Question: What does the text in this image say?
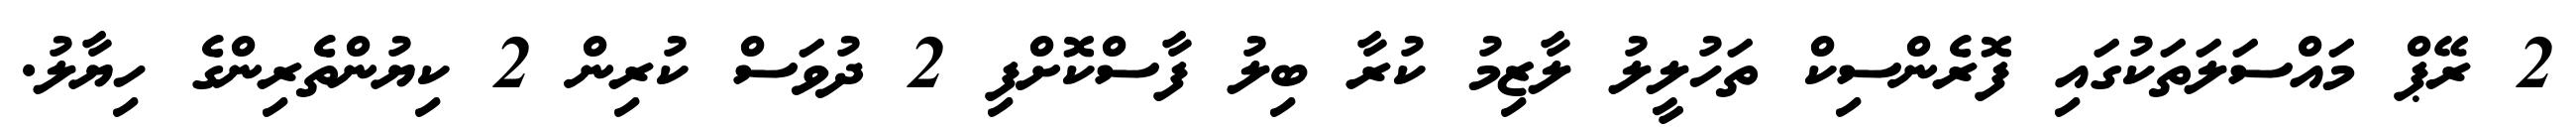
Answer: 2 ރޭޕް މައްސަލަތަކުގައި ފޮރެންސިކް ތަހުލީލު ލާޒިމު ކުރާ ބިލު ފާސްކޮށްފި 2 ދުވަސް ކުރިން 2 ކިޔުންތެރިންގެ ހިޔާލު.